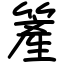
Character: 簅